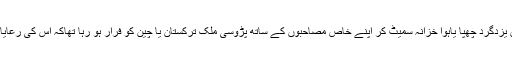
مرو شاہجا ن کے محاصرے کے دوران میں یزدگرد چھپا یاہوا خزانہ سمیٹ کر اپنے خاص مصاحبوں کے ساتھ پڑوسی ملک ترکستان یا چین کو فرار ہو رہا تھاکہ اس کی رعایا اس پر پل پڑی اور خزانہ اس سے چھین لیا۔